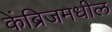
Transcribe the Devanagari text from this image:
केंब्रिजमधील